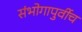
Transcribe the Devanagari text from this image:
संभोगापुर्वीच